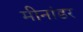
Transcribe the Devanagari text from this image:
मीनांडर